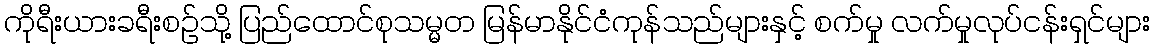
ကိုရီးယားခရီးစဉ်သို့ ပြည်ထောင်စုသမ္မတ မြန်မာနိုင်ငံကုန်သည်များနှင့် စက်မှု လက်မှုလုပ်ငန်းရှင်များ